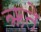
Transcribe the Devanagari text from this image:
ऋते